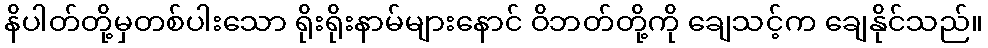
နိပါတ်တို့မှတစ်ပါးသော ရိုးရိုးနာမ်များနောင် ဝိဘတ်တို့ကို ချေသင့်က ချေနိုင်သည်။